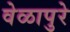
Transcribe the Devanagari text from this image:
वेळापुरे